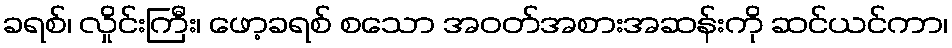
ခရစ်၊ လှိုင်းကြီး၊ ဖော့ခရစ် စသော အဝတ်အစားအဆန်းကို ဆင်ယင်ကာ၊